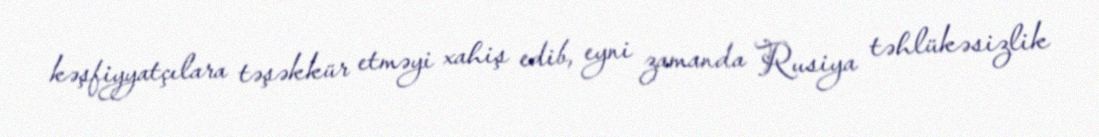
kəşfiyyatçılara təşəkkür etməyi xahiş edib, eyni zamanda Rusiya təhlükəsizlik